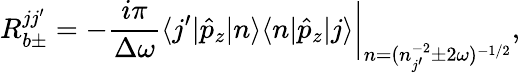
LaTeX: R_{b\pm}^{jj^{\prime}}=-\frac{i\pi}{\Delta\omega}\langle j^{\prime}|\hat{p}_{z}|n\rangle\langle n|\hat{p}_{z}|j\rangle\bigg|_{n=(n_{j^{\prime}}^{-2}\pm 2\omega)^{-1/2}},